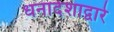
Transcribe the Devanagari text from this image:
धनादेशाद्वारे